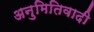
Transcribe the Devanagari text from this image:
अनुमितिवादी